Report on malaria in the Punjab during the year ...  together with an account of the work of the Punjab Malaria Bureau - Volume 6
Disease focus: Malaria
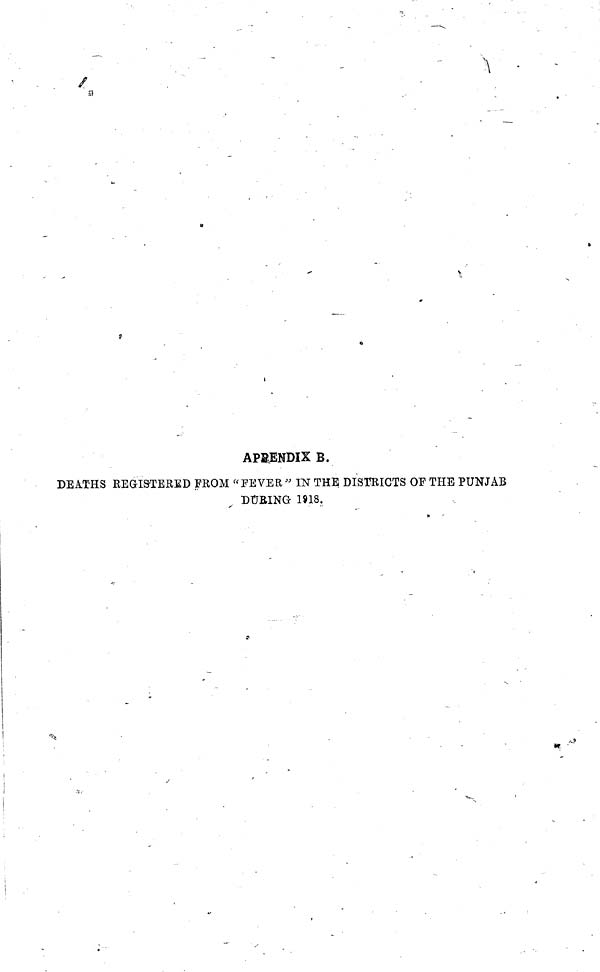
APPENDIX B.
DEATHS REaiSTERED FROM "FEVER" IN THE DISTRICTS OF THE PUNJAB
DTJRING 1918.